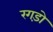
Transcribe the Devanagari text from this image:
रगड़ो